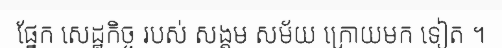
ផ្នែក សេដ្ឋកិច្ច របស់ សង្គម សម័យ ក្រោយមក ទៀត ។